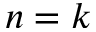
n = k